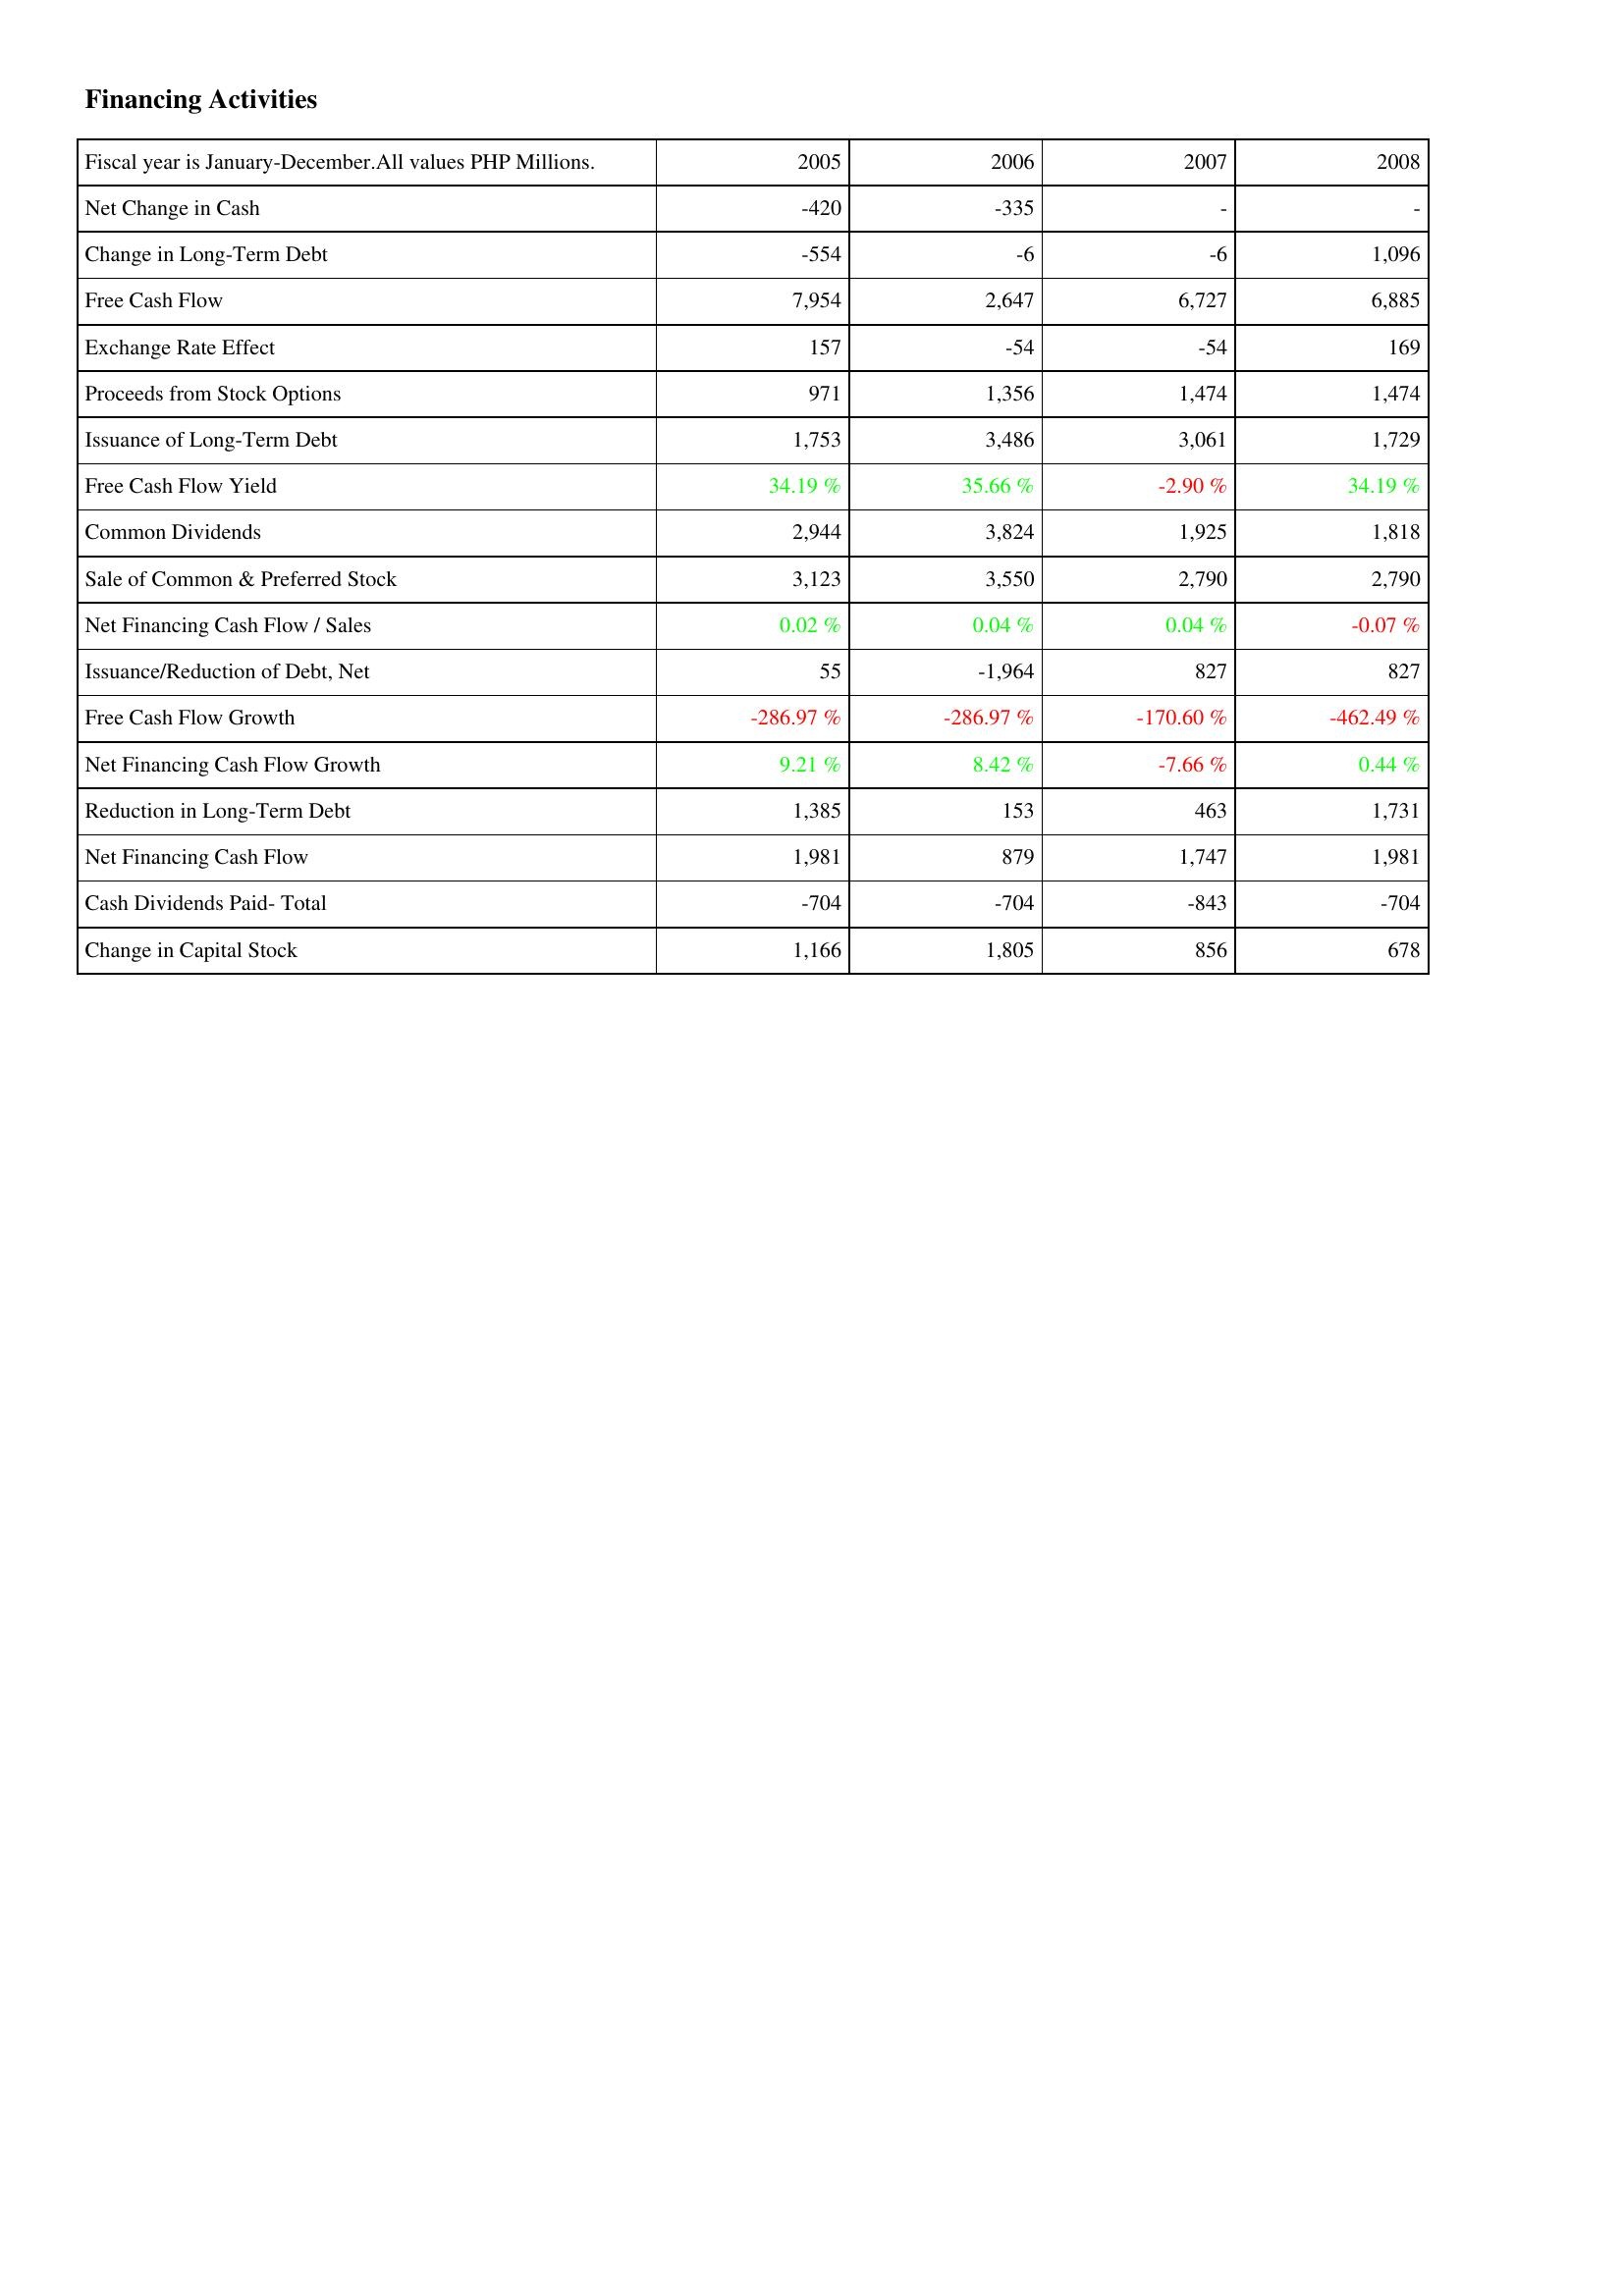
2005: Financing Activities: Net Change in Cash: -420
Change in Long-Term Debt: -554
Free Cash Flow: 7,954
Exchange Rate Effect: 157
Proceeds from Stock Options: 971
Issuance of Long-Term Debt: 1,753
Free Cash Flow Yield: 34.19 %
Common Dividends: 2,944
Sale of Common & Preferred Stock: 3,123
Net Financing Cash Flow / Sales: 0.02 %
Issuance/Reduction of Debt, Net: 55
Free Cash Flow Growth: -286.97 %
Net Financing Cash Flow Growth: 9.21 %
Reduction in Long-Term Debt: 1,385
Net Financing Cash Flow: 1,981
Cash Dividends Paid- Total: -704
Change in Capital Stock: 1,166
2006: Financing Activities: Net Change in Cash: -335
Change in Long-Term Debt: -6
Free Cash Flow: 2,647
Exchange Rate Effect: -54
Proceeds from Stock Options: 1,356
Issuance of Long-Term Debt: 3,486
Free Cash Flow Yield: 35.66 %
Common Dividends: 3,824
Sale of Common & Preferred Stock: 3,550
Net Financing Cash Flow / Sales: 0.04 %
Issuance/Reduction of Debt, Net: -1,964
Free Cash Flow Growth: -286.97 %
Net Financing Cash Flow Growth: 8.42 %
Reduction in Long-Term Debt: 153
Net Financing Cash Flow: 879
Cash Dividends Paid- Total: -704
Change in Capital Stock: 1,805
2007: Financing Activities: Net Change in Cash: -
Change in Long-Term Debt: -6
Free Cash Flow: 6,727
Exchange Rate Effect: -54
Proceeds from Stock Options: 1,474
Issuance of Long-Term Debt: 3,061
Free Cash Flow Yield: -2.90 %
Common Dividends: 1,925
Sale of Common & Preferred Stock: 2,790
Net Financing Cash Flow / Sales: 0.04 %
Issuance/Reduction of Debt, Net: 827
Free Cash Flow Growth: -170.60 %
Net Financing Cash Flow Growth: -7.66 %
Reduction in Long-Term Debt: 463
Net Financing Cash Flow: 1,747
Cash Dividends Paid- Total: -843
Change in Capital Stock: 856
2008: Financing Activities: Net Change in Cash: -
Change in Long-Term Debt: 1,096
Free Cash Flow: 6,885
Exchange Rate Effect: 169
Proceeds from Stock Options: 1,474
Issuance of Long-Term Debt: 1,729
Free Cash Flow Yield: 34.19 %
Common Dividends: 1,818
Sale of Common & Preferred Stock: 2,790
Net Financing Cash Flow / Sales: -0.07 %
Issuance/Reduction of Debt, Net: 827
Free Cash Flow Growth: -462.49 %
Net Financing Cash Flow Growth: 0.44 %
Reduction in Long-Term Debt: 1,731
Net Financing Cash Flow: 1,981
Cash Dividends Paid- Total: -704
Change in Capital Stock: 678